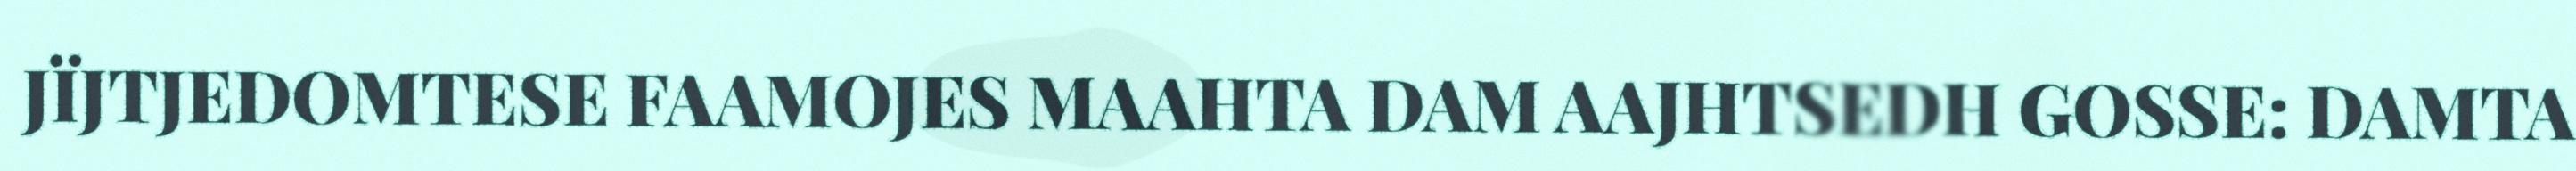
JÏJTJEDOMTESE FAAMOJES MAAHTA DAM AAJHTSEDH GOSSE: DAMTA